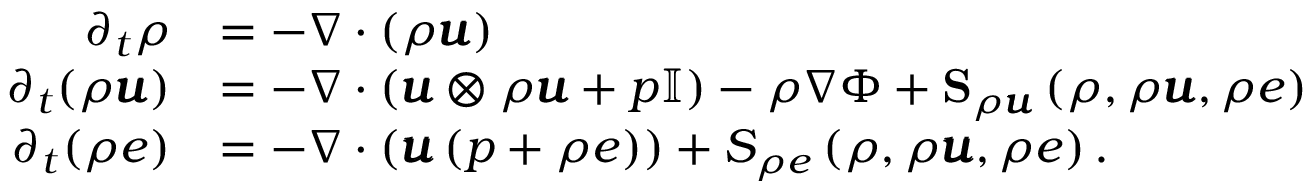
\begin{array} { r l } { \partial _ { t } \rho } & { = - \nabla \cdot \left( \rho \pmb { u } \right) } \\ { \partial _ { t } ( \rho \pmb { u } ) } & { = - \nabla \cdot \left( \pmb { u } \otimes \rho \pmb { u } + p \mathbb { I } \right) - \rho \nabla \Phi + \mathbf { S } _ { \rho \pmb { u } } \left( \rho , \rho \pmb { u } , \rho e \right) } \\ { \partial _ { t } ( \rho e ) } & { = - \nabla \cdot \left( \pmb { u } \left( p + \rho e \right) \right) + S _ { \rho e } \left( \rho , \rho \pmb { u } , \rho e \right) . } \end{array}